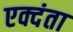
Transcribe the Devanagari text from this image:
एक्दंता